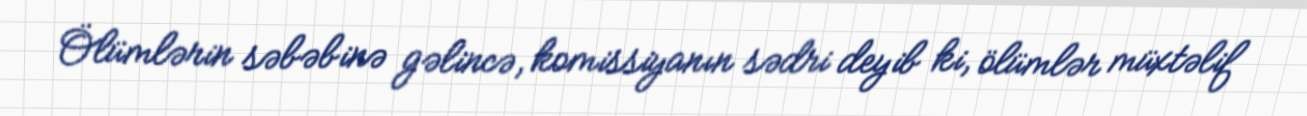
Ölümlərin səbəbinə gəlincə, komissiyanın sədri deyib ki, ölümlər müxtəlif